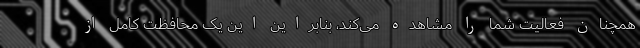
همچنان فعالیت شما را مشاهده می‌کند، بنابراین این یک محافظت کامل از